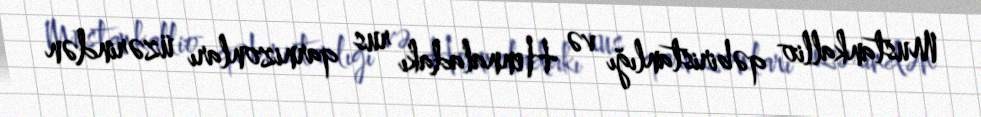
Mustankallio qəbiristanlığı və Hennaladakı rus qarnizonları üzərindən